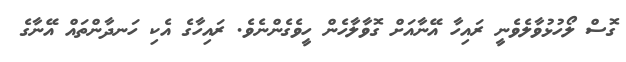
ގޮސް ލޯހުޅުވާލެވެނީ ރައިހާ އޭނާއަށް ގޮވާލާހެން ހީވެގެންނެވެ. ރައިހާގެ އެކި ހަނދާންތައް އޭނާގެ